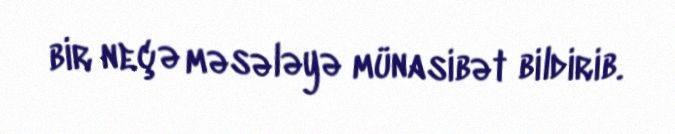
bir neçə məsələyə münasibət bildirib.